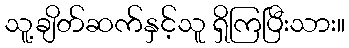
သူ့ချိတ်ဆက်နှင့်သူ ရှိကြပြီးသား။